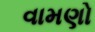
વામણો